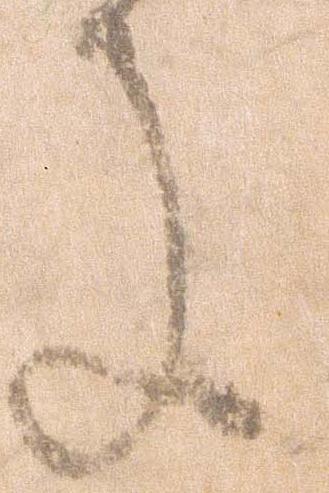
に